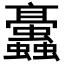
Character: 𧖁